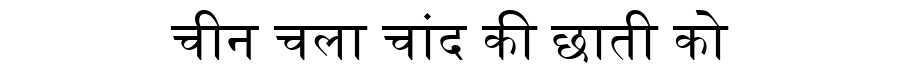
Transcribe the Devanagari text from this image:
चीन चला चांद की छाती को